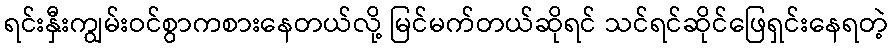
ရင်းနှီးကျွမ်းဝင်စွာကစားနေတယ်လို့ မြင်မက်တယ်ဆိုရင် သင်ရင်ဆိုင်ဖြေရှင်းနေရတဲ့